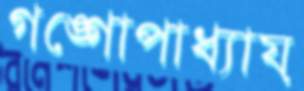
গঙ্গোপাধ্যায়